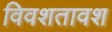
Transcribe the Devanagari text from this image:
विवशतावश